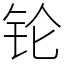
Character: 𬬭